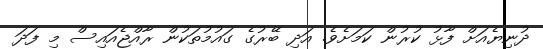
ދުނިޔެއަށް ފާޅު ކުރުން ކަމަށެވެ. އަދި ބޭރުގެ ގައުމުތަކުން ރާއްޖެއައިސް މި ފަދަ